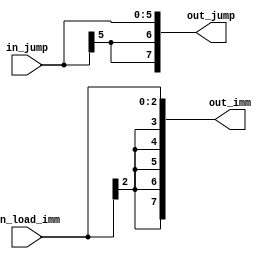
module sign_extend (
	input [2:0] in_load_imm,
	input [5:0] in_jump,
	output [7:0] out_imm,
	output [7:0] out_jump
);

assign out_imm[7:3] = {5{in_load_imm[2]}};
assign out_imm [2:0] = in_load_imm;

assign out_jump[7:6] = {2{in_jump[5]}};
assign out_jump[5:0] = in_jump;

endmodule